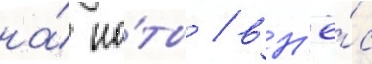
на́ но́ты / вн'ё́с